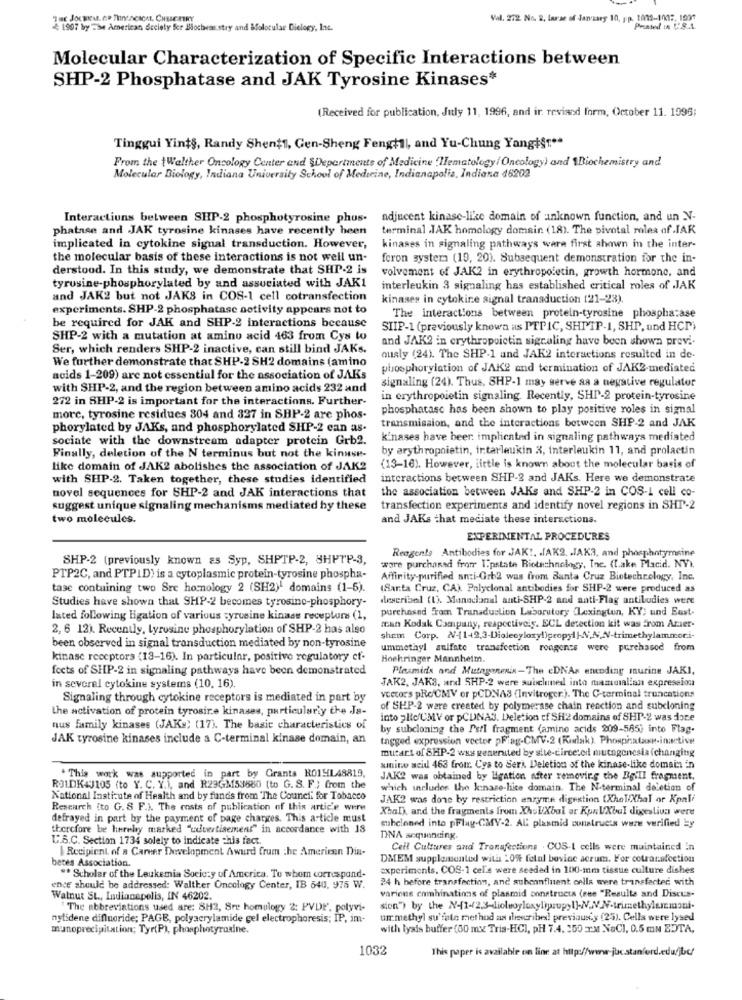
Val. 272 No. 2, larse of January 10, pp. 1002-1007. 1001
4 1907 by The American Society fer Blochvas.stry and Molecular Dielogy, Inc.
Molecular Characterization of Specific Interactions between
SHP-2 Phosphatase and JAK Tyrosine Kinases*
(Received for publication, July 11, 1996, and ir revised form, October 11. 1996;
Tinggui Yints, Randy Shent1, Gen-Sheng Fengt1l, and Yu-Chung Yangist .**
From the {Walther Oncology Center and &Departments of Medicine 'Hematology/ Oncology) and Biochemistry and
Molecular Biology, Indiana University School of Medicine, Indianapolis, Indiana 46202
Interactions between SHP-2 phosphotyrosine phus-
adjucent kinase-like domain of unknown function, and un N-
phatase and JAK tyrosine kinases have recently heen
terminal .JAK homology domain. (18). The pivotal roles of .JAR
implicated in cytokine signal transduction. However,
kinases in signaling pathways ware first shown in the inter-
the molecular basis of these interactions is not well un-
foron systems (19, 20). Subsequent demonstration for the in-
derstood. In this study, we demonstrate that SHP-2 is
volvement of JAK2 in erythropoietin, growth hormone, and
tyrusine-phosphorylated by and associated with JAK1
interleukin 3 signaling has established critical roles of JAK
and JAK2 but not JAKS in COS-1 cell cotransfection
kinases in cytokine signal transduction (21-23).
experiments. SHP-2 phosphatase activity appears not to
be required for JAK and SHP-2 interactions because
The interactions between protein-tyrosine phosphatase
SIIP-1 (previously known as PTPIC, SHTTP-1, SHP, und HCP)
SHP-2 with a mutation at amino acid 463 from Cys to
and JAK2 in erythropoietin sigcaling have been shown previ.
Ser, which renders SHP-2 inactive, can still bind JAKs.
We further demonstrate that SHP-2 SH2 domains (amino
ously (24). The SHP.1 and JAK2 interactions resulted in de-
phosphorylation of JAK2 and termination of JAK2-mediated
acids 1-209) are not essential for the association of JAKs
with SHP-2, and the region between amino acids 232 and
signaling (24). Thus, SHP-1 may serve aa a negative regulator
272 in SHP-2 is important for the interactions. Further-
in erythropoietin signaling. Recently, SHI-2 protein-tyrosine
phosphatase has been shown to play positive roles in signal
more, tyrosine residues 304 and 337 in SBP-2 are phos-
transmission, and the interactions between SHP-2 and JAK
phorylated by JAKs, and phosphorylated SHP-2 can as-
sociate with the downstream adapter protein Grb2.
kinases have beer: implicated in signaling pathways mediated
by arythropnietin, irtarleukin X, interleukin 11, and prolactin
Finally, deletion of the N terminus but not the kinase-
like domain of JAK2 abolishes the association of JAK2
(13-16). However, little is known about the molecular basis of
with SHP-2. Taken together, these studies identified
interactions between SHP-3 and JAKs. Here we demonstrate
novel sequences for SHP-2 and JAK interactions that
the association between JAKs and SHP-2 in COS-1 cell co-
suggest unique signaling mechanisms mediated hy these
transfection experiments and identify novel regions in SHT-2
two molecules.
and JAKs that mediate these interactions.
EXPERIMENTAL PROCEDURES
Reagente Antibodies for JAK !. . JAK2. . JAKA, and phosphotymsine
SHP-2 (previously known as Syp, SHPTP-2, SHPTP-3,
ware purchased from Ipstate Biotechnology, Inc. (Lake Placid. NY).
PTP2C, and PTPID) is a cytoplasmic protein-tyrosine phospha-
Affinity purified anti-Grb2 was from Santa Cruz Biotechnology, Inc.
tase containing two Sre homology 2 (SH2)! domains (1-5).
(Santa Cruz, CA), Polyclonal antibodies for SHP-2 were produced as
Studies have shown that SHP-2 becomes tyrosino-phosphory-
described (1). Mannclanal anti-SHP-2 and anti-Flag antibodies were
purchased from Transduction Laboratory (Lexington, KY; und Eust-
Iated following ligation of various syrusine kinase receptura (1,
2, 6 12). Recently, tyrosine phosphorylation of SHP-2 has also
man Kodak Company, respectiveig. ECL derection kit was Erom Amer-
shem Corp. 2/-[1+2,3-Diolecyloxyl)propyl |-Ni,Ni,NV-trimethylammori-
been observed in signal transduction mediated by non-tyrosine
ummethyl sulfate transfection roagents were purchased from
kinase receptors (13-16). In particular, positive regulatory ef-
Hochringer Mannheim.
fects of SHP-2 in signaling pathways have been demonstrated
Plasmids and Mutagenenix-The eDNAs encoding murine JAKI,
JAK2, JAK3, ard SHP-2 were subclined into mammalian expression
in several cytokine systems (10, 16).
Signaling through cytokine receptors is mediated in part by
vectors pRe CMV or pCDNAS (Invitroger.). The C-terminal truncations
the activation of protein tyrosine kinases, particularly the Ja-
of SHP-2 were created by polymerase chain reaction and subcloning
into ;lic/CMV or pCUNAS. Deletion cf SH2 domains of SHP-2 was dore
nus family kinases (JAKs) (17). The basic characteristics of
by subcloning the Pstl fragment (amino acids 209-565) into Flag-
JAK tyrosine kinases include a C-terminal kinase domain, an
tagged expression veeter pFiag-CMV.2 (Rudak). Phosphatase-inactive
mutart of SHP-2 was generated by slie-circe:ed mutagenesis (changing
amino acid 463 from. Cya to Seri Deletion of the kinase-like domain in
. This work was supported in part by Grants RO14L48819,
JAK2 was obtained by ligation after removing the Bill fragment.
ROIDK+J105 (to Y. C. Y.), and R23GM53680 (to G. S. F ) from the
which includes the kinase-hice domain. The N-terminal deletion of
National Institute of Health and by funds from The Council for Tobacco
JAK2 was done by restriction enzyme digestion (Xhel Khal or Kpali
Research (to G. S F.). The costs of publication of this artic'e were
Xbal), and the fragments from XhsUXbal ar KonUXbul digestiva were
defrayed in part by the payment of page charges. This article must
therefore be hereby marked "wuertisement" in accordance with 18
suhcloned into pFlug-CMY-2. Al plasmid constructs were verified by
U.S.C. Section 1734 solely to indicate This fact.
DINA sequencing.
|Recipient of a Career Development Awurd frum the American Dia-
Cell Cultures and Tronafections . COS-I cells were maintained in
beres Association.
DMEM supplemented with 20% fetal bovine acrum. For cotransfection
experiments, COS-1 cel.s were seeded in 100-mm tissue culture dishes
" Scholar of the Leukemia Society of America. To whom correspond-
24 h before transfection, and subennfluent cells were transfacted with
ence should be addressed: Walther Oncology Center, IB 540, 975 W.
Walnut St ., Indianapolis, IN 46202.
various combinations of plasmid constructs (see "Resulte and Discus-
"The abbreviations used are: 8H2, Sre homulogy 2: PVDE, polyvi-
nytidene difluoride; PAGE, polyacrylamide gel electrophoresis; IP, im-
un methyl su'fate method as thescribe! previous.y (25). Cells were lysed
munoprecipitation; Tyr(P), phosphotyrosine.
with lysis buffer (00 mx Tris-HCI, pH 7.4. 250 PM NaCl, 0.5 mN EDTA,
1032
This paper is available on line at http://www.juc.stanford.edufjbc/